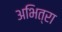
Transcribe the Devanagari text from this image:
अभित्रा